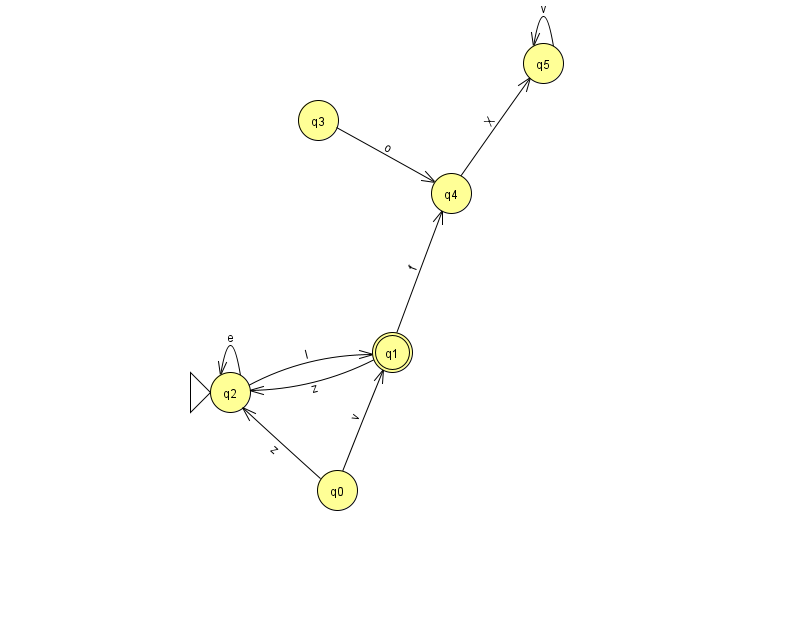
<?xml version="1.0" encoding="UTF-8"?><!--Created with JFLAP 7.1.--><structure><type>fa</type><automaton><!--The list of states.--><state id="0" name="q0"><x>337.0</x><y>477.0</y></state><state id="1" name="q1"><x>392.0</x><y>339.0</y><final/></state><state id="2" name="q2"><x>230.0</x><y>379.0</y><initial/></state><state id="3" name="q3"><x>318.0</x><y>107.0</y></state><state id="4" name="q4"><x>451.0</x><y>180.0</y></state><state id="5" name="q5"><x>543.0</x><y>50.0</y></state><!--The list of transitions.--><transition><from>3</from><to>4</to><read>o</read></transition><transition><from>1</from><to>2</to><read>z</read></transition><transition><from>1</from><to>4</to><read>f</read></transition><transition><from>2</from><to>2</to><read>e</read></transition><transition><from>5</from><to>5</to><read>v</read></transition><transition><from>2</from><to>1</to><read>I</read></transition><transition><from>4</from><to>5</to><read>X</read></transition><transition><from>0</from><to>2</to><read>z</read></transition><transition><from>0</from><to>1</to><read>v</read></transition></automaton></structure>